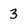
Character: 3